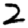
Digit: 2